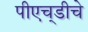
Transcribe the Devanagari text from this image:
पीएच्‌डीचे